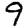
Digit: 9